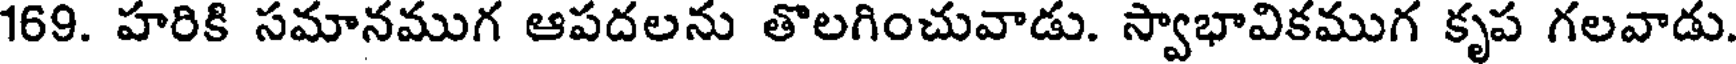
169. హరికి సమానముగ ఆపదలను తొలగించువాడు. స్వాభావికముగ కృప గలవాడు.